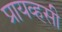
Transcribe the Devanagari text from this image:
प्रायव्हसी